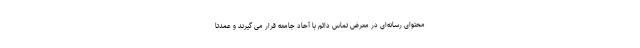
محتوای رسانه‌ای در معرض تماس دائم با آحاد جامعه قرار می گیرند و عمدتا